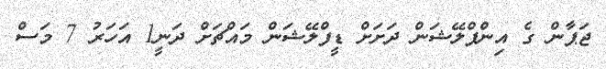
ޖަޕާން ގެ އިންފްލޭޝަން ދަށަށް ޑީފްލޭޝަން މައްޗަށް ދަނީ1 އަހަރު 7 މަސް